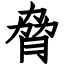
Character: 脅